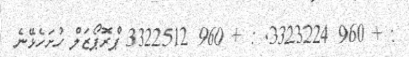
: + 960 3323224